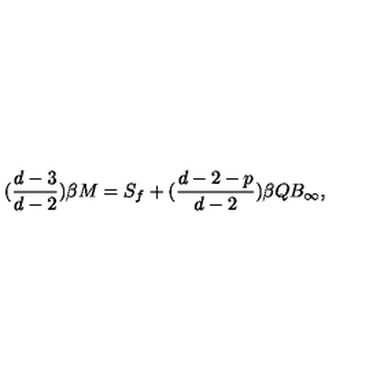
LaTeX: ( \frac { d - 3 } { d - 2 } ) \beta M = S _ { f } + ( \frac { d - 2 - p } { d - 2 } ) \beta Q B _ { \infty } ,